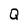
Character: Q